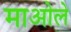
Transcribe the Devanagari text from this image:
माओले